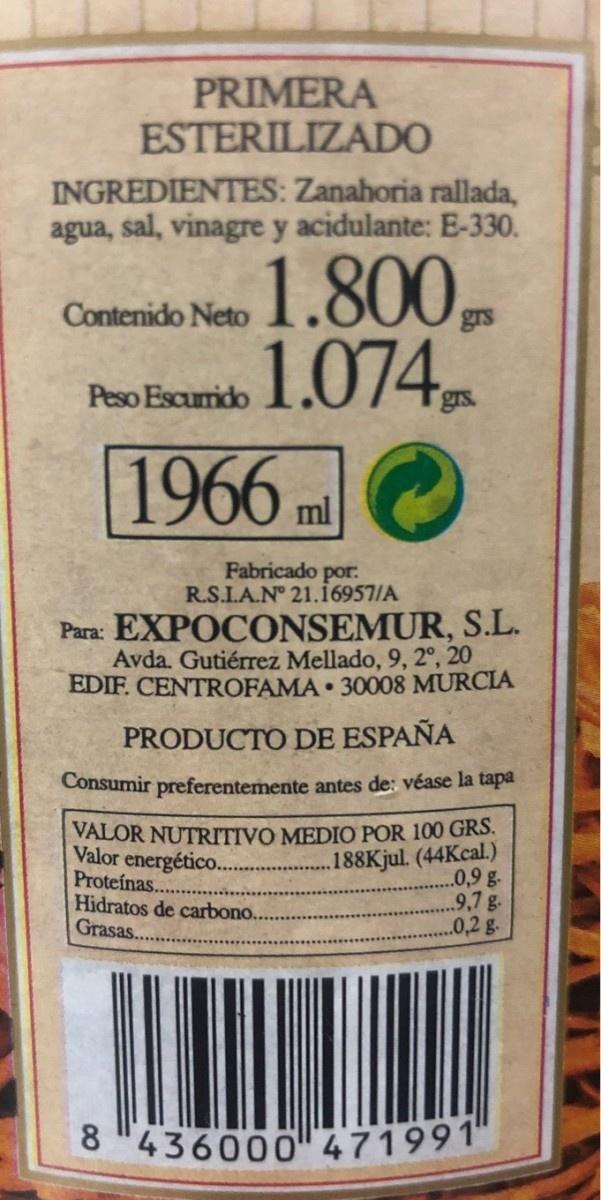
PRIMERA ESTERILIZADO INGREDIENTES: Zanahoria rallada, agua, sal, vinagre y acidulante: E-330. 1.800 1.074 Contenido Neto Peso Escurido 1966 ml Fabricado por. R.S.IA.N 21.16957/A Para: EXPOCONSEMUR, S.L. Avda. Gutiérrez Mellado, 9, 2°, 20 EDIF. CENTROFAMA 30008 MURCIA PRODUCTO DE ESPAÑA Consumir preferentemente antes de: véase la tapa VALOR NUTRITIVO MEDIO POR 100 GRS. Valor energético.. Proteínas. Hidratos de carbono... Grasas... .. 188Kjul. (44Kcal.) .0,9 g. .9.7 g. .0,2g. 8 "436000471991